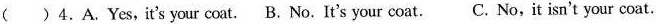
( )4.A.Yes,it's your coat. B. No. It's your coat.C. No,it isn't your coat.